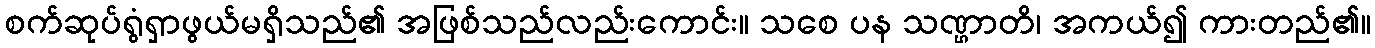
စက်ဆုပ်ရွံရှာဖွယ်မရှိသည်၏ အဖြစ်သည်လည်းကောင်း။ သစေ ပန သဏ္ဌာတိ၊ အကယ်၍ ကားတည်၏။